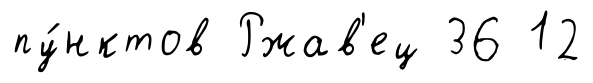
пу́нктов Ржав'ец 36 12